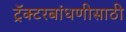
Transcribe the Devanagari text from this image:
ट्रॅक्टरबांधणीसाठी